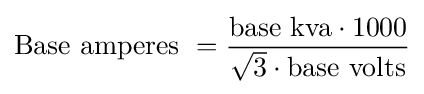
{\text{Base amperes }}={\frac {{\text{base kva}}\cdot 1000}{{\sqrt {3}}\cdot {\text{base volts}}}}